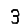
Digit: 3